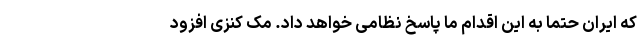
که ایران حتما به این اقدام ما پاسخ نظامی خواهد داد. مک کنزی افزود